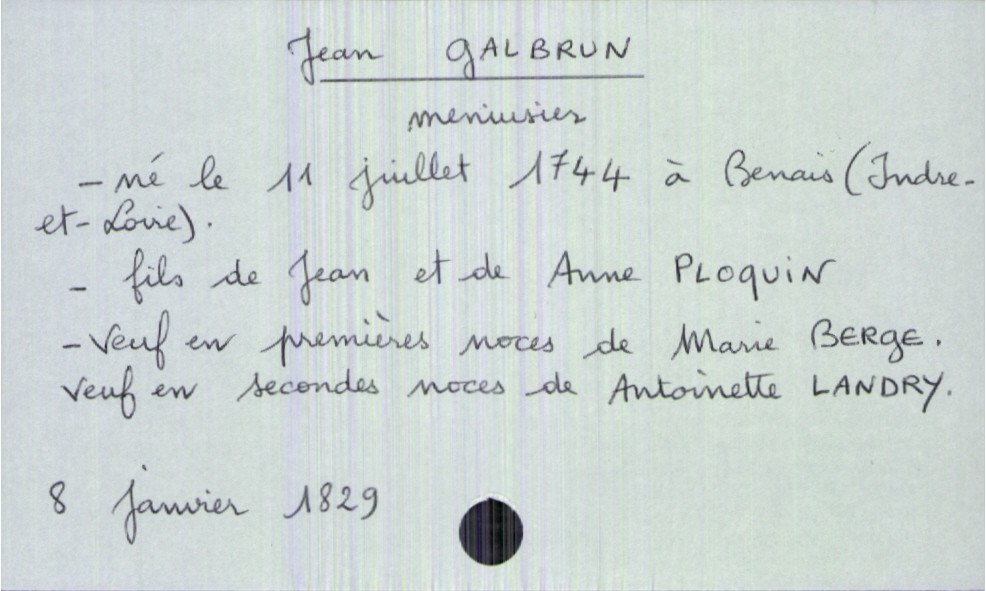
type_acte: Décès
année: 1829
mois: janvier
jour: 8
défunt_nom: Galbrun
défunt_prénom: Jean
défunt_sexe: H
défunt_profession: menuisier
défunt_date_de_naissance: 11 juillet 1744
défunt_lieu_de_naissance: Benais (Indre-et-Loire)
défunt_statut: veuf(ve)
père_défunt_nom: Galbrun
père_défunt_prénom: Jean
mère_défunt_nom: Ploquin
mère_défunt_prénom: Anne